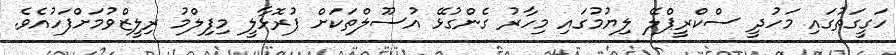
ހަގީގަތުގައި މަހުދީ ސްކްރީޕްލޭ ލިޔުމުގައި މިހާރު ގެންގުޅޭ އުސޫލްތަކަށް ފުރޮޅާލީ މިފިލްމު ރިލީޒްވުމަށްފަހުއެވެ.